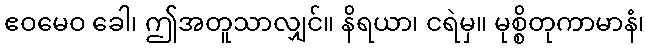
ဧဝမေဝ ခေါ၊ ဤအတူသာလျှင်။ နိရယာ၊ ငရဲမှ။ မုစ္စိတုကာမာနံ၊